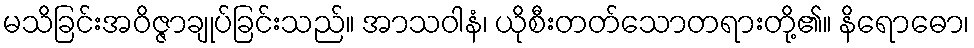
မသိခြင်းအဝိဇ္ဇာချုပ်ခြင်းသည်။ အာသဝါနံ၊ ယိုစီးတတ်သောတရားတို့၏။ နိရောဓော၊